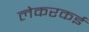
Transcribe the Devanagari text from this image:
लेकरकई